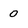
Character: 0